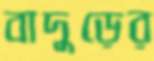
বাদুড়ের